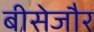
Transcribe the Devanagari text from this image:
बीसेजौर